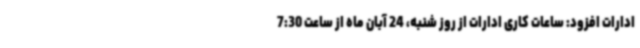
ادارات افزود: ساعات کاری ادارات از روز شنبه، 24 آبان ماه از ساعت 7:30